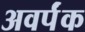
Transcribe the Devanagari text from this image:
अवर्पंक